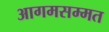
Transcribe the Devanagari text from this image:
आगमसम्मत